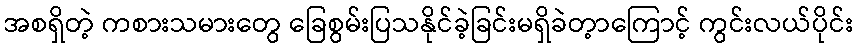
အစရှိတဲ့ ကစားသမားတွေ ခြေစွမ်းပြသနိုင်ခဲ့ခြင်းမရှိခဲတ့ာကြောင့် ကွင်းလယ်ပိုင်း